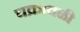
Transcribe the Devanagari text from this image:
चक्रावळी